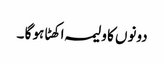
دونوں کا ولیمہ اکھٹا ہو گا ۔